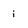
Character: i